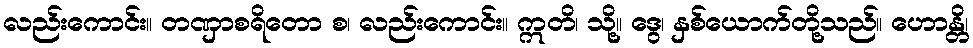
လည်းကောင်း။ တဏှာစရိတော စ၊ လည်းကောင်း။ ဣတိ၊ သို့။ ဒွေ၊ နှစ်ယောက်တို့သည်။ ဟောန္တိ၊